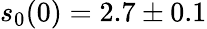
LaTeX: s_{0}(0)=2.7\pm 0.1